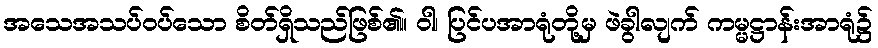
အသေအသပ်ဝပ်သော စိတ်ရှိသည်ဖြစ်၏။ ဝါ၊ ပြင်ပအာရုံတို့မှ ဖဲခွါလျက် ကမ္မဋ္ဌာန်းအာရုံ၌